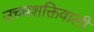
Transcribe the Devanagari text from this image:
उच्चशक्तिवाली